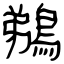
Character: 鵜